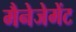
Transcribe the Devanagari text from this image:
मैनेजेमेंट